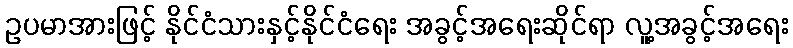
ဥပမာအားဖြင့် နိုင်ငံသားနှင့်နိုင်ငံရေး အခွင့်အရေးဆိုင်ရာ လူ့အခွင့်အရေး